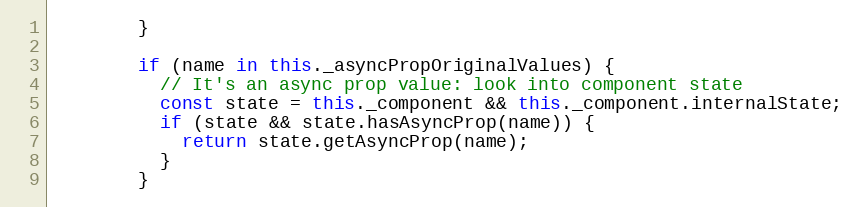
Language: JavaScript
        }

        if (name in this._asyncPropOriginalValues) {
          // It's an async prop value: look into component state
          const state = this._component && this._component.internalState;
          if (state && state.hasAsyncProp(name)) {
            return state.getAsyncProp(name);
          }
        }